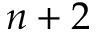
n + 2